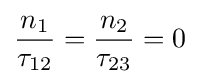
{\frac {n_{1}}{\tau _{12}}}={\frac {n_{2}}{\tau _{23}}}=0